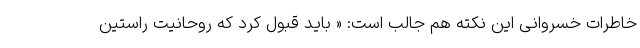
خاطرات خسروانی این نکته هم جالب است: « باید قبول کرد که روحانیت راستین